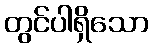
တွင်ပါရှိသော